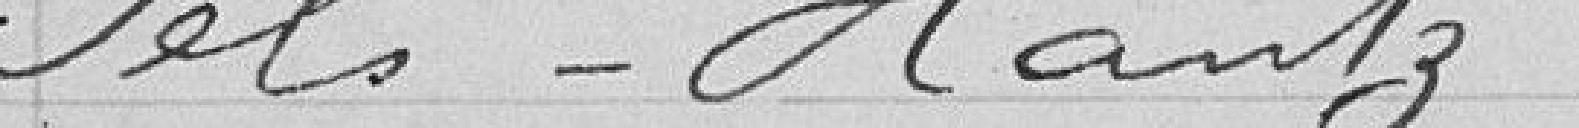
Tels, Hantz.